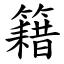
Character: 籍